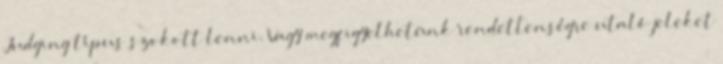
Judging típus szokott lenni. Vagy megfigyelhetünk rendetlenségre utaló jeleket